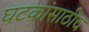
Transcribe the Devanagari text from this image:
घटकांसाठीच